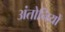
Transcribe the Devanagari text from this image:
अंतोनियों